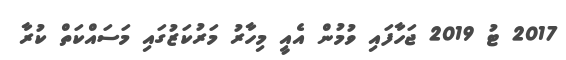
2017 ޓު 2019 ޖަހާފައި ވުމުން އެއީ މިހާރު މަރުކަޒުގައި މަސައްކަތް ކުރާ